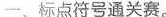
一、标点符号通关赛。